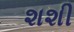
શશી